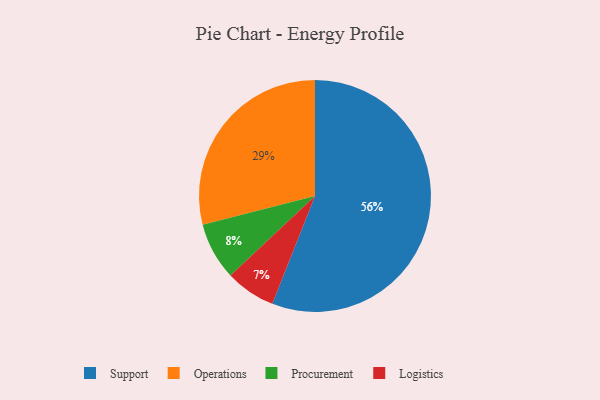
{"axis": {"x": "Category", "y": "Percentage"}, "legend": ["Logistics", "Operations", "Procurement", "Support"], "data": [{"x": "Support", "y": 56, "type": "Support"}, {"x": "Logistics", "y": 7, "type": "Logistics"}, {"x": "Procurement", "y": 8, "type": "Procurement"}, {"x": "Operations", "y": 29, "type": "Operations"}]}